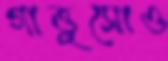
গাত্তুসোও